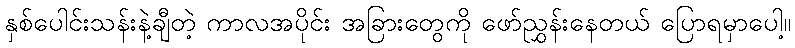
နှစ်ပေါင်းသန်းနဲ့ချီတဲ့ ကာလအပိုင်း အခြားတွေကို ဖော်ညွှန်းနေတယ် ပြောရမှာပေါ့။